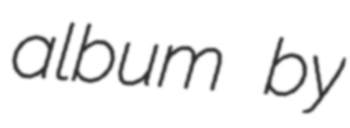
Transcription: album by